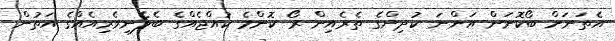
އެތަނަށް ބޯކޮށަން އަންނަ ކުދިންގެ ތެރެއިން ރޯ ކޮންމެ ކުއްޖެއްގެ ބެލެނިވެރިއެއްގެ އަތުން